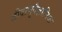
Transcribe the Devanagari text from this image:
जीवाणुवैज्ञानिक